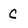
Character: C